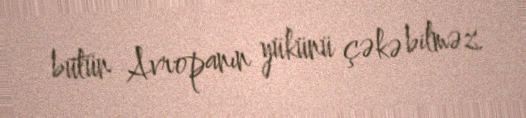
bütün Avropanın yükünü çəkə bilməz.